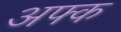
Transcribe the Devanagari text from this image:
अफ्क